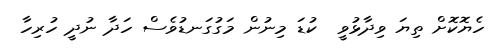
ހެޔޮކޮށް ތިޔަ ވިދާޅުވީ  ކުޑަ މިނުން މަގުގަނޑުވެސް ހަދާ ނުދީ ހުރިހާ